Indian journal of veterinary science and animal husbandry - Volume 5,
Year: 1935
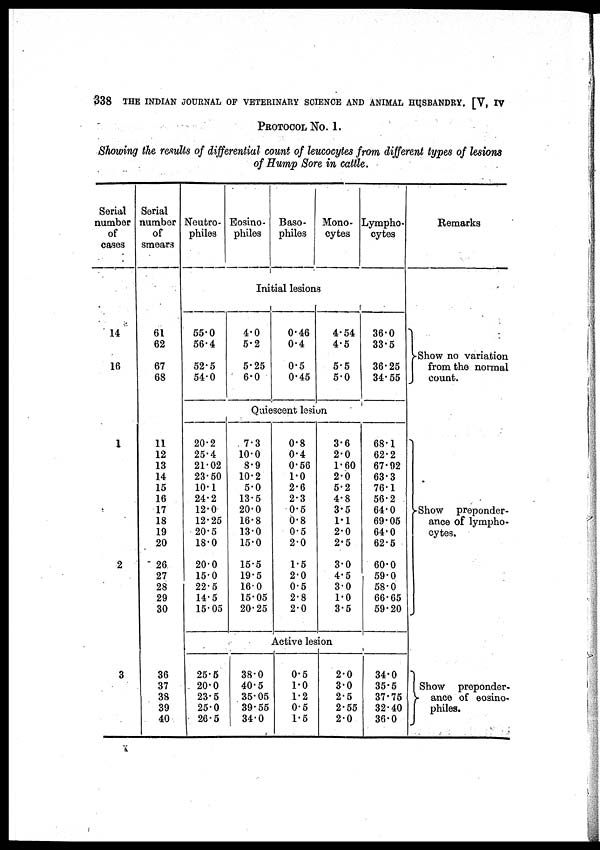
338 THE INDIAN JOURNAL OF VETERINARY SCIENCE AND ANIMAL HUSBANDRY. [V, IV
PROTOCOL No. 1.
Showing the results of differential count of leucocytes from different types of lesions
of Hump Sore in cattle.
Serial
number
of
cases
14
16
Serial
number
of
smears
61
62
67
68
Neutro-
philes
55.0
56.4
52.5
54.0
Eosino-
philes
Baso-
philes
Mono-
cytes
Initial lesions
4.0
5.2
5.25
6.0
0.46
0.4
0.5
0.45
4.54
4.5
5.5
5.0
Lympho-
cytes
36.0
33.5
36.25
34.55
Remarks
Show no variation
from the normal
count.
Quiescent lesion
1
2
3
11
12
13
14
15
16
17
18
19
20
26
27
28
29
30
36
37
38
39
40
20.2
25.4
21.02
23.50
10.1
24.2
12.0
12.25
20.5
18.0
20.0
15.0
22.5
14.5
15.05
25.5
20.0
23.5
25.0
26.5
7.3
10.0
8.9
10.2
5.0
13.5
20.0
16.8
13.0
15.0
15.5
19.5
16.0
15.05
20.25
0.8
0.4
0.56
1.0
2.6
2.3
0.5
0.8
0.5
2.0
1.5
2.0
0.5
2.8
2.0
3.6
2.0
1.60
2.0
5.2
4.8
3.5
1.1
2.0
2.5
3.0
4.5
3.0
1.0
3.5
Active lesion
38.0
40.5
35.05
39.55
34.0
0.5
1.0
1.2
0.5
1.5
2.0
3.0
2.5
2.55
2.0
68.1
62.2
67.92
63.3
76.1
56.2
64.0
69.05
64.0
62.5
60.0
59.0
58.0
66.65
59.20
34.0
35.5
37.75
32.40
36.0
Show preponder¬
ance of lympho-
cytes.
Show preponder¬
ance of eosino-
philes.